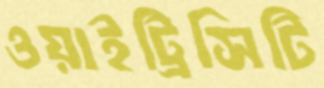
ওয়াইট্রিসিটি